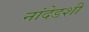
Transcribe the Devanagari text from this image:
नांदेडशी